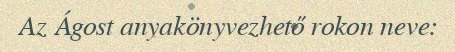
Az Ágost anyakönyvezhető rokon neve: